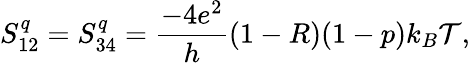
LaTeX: {S_{12}^{q}=S_{34}^{q}=\frac{-4e^{2}}{h}(1-R)(1-p)k_{B}\mathcal{T},}